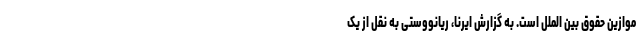
موازین حقوق بین الملل است. به گزارش ایرنا، ریانووستی به نقل از یک